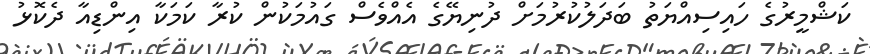
ކަޝްމީރުގެ ހައިސިއްޔަތު ބަދަލުކުރުމަށް ދުނިޔޭގެ އެއްވެސް ގައުމަކުން ކުރާ ކަމަކާ އިންޑިއާ ދެކޮޅު